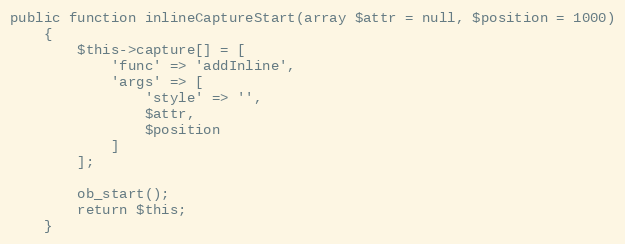
Language: PHP
public function inlineCaptureStart(array $attr = null, $position = 1000)
    {
        $this->capture[] = [
            'func' => 'addInline',
            'args' => [
                'style' => '',
                $attr,
                $position
            ]
        ];

        ob_start();
        return $this;
    }